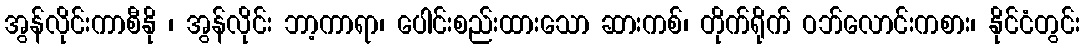
အွန်လိုင်းကာစီနို ၊ အွန်လိုင်း ဘာ့ကာရာ၊ ပေါင်းစည်းထားသော ဆားကစ်၊ တိုက်ရိုက် ဝဘ်လောင်းကစား၊ နိုင်ငံတွင်း